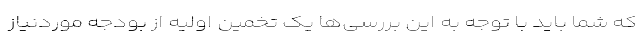
که شما باید با توجه به این‌ بررسی‌ها یک تخمین اولیه از بودجه موردنیاز